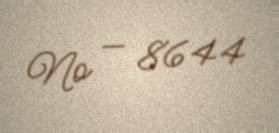
№ — 8644